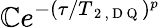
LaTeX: \mathbb{C}e^{-(\tau/T_{\mathrm{{~2~,~D~Q~}}})^{p}}